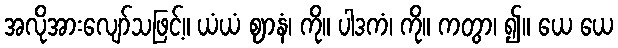
အလိုအားလျော်သဖြင့်။ ယံယံ ဈာနံ၊ ကို။ ပါဒကံ၊ ကို။ ကတွာ၊ ၍။ ယေ ယေ